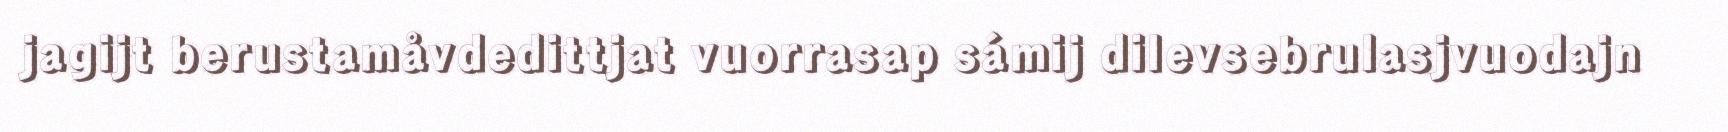
jagijt berustamåvdedittjat vuorrasap sámij dilevsebrulasjvuodajn